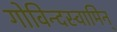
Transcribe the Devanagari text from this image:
गोविन्दस्वामिन्